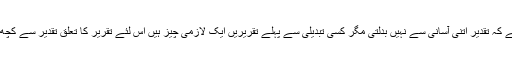
تاریخ گواہ ہے کہ تقدیر اتنی آسانی سے نہیں بدلتی مگر کسی تبدیلی سے پہلے تقریریں ایک لازمی چیز ہیں اس لئے تقریر کا تعلق تقدیر سے کچھ نہ کچھ ہے۔